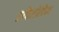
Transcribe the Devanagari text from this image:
एफिडोडिया